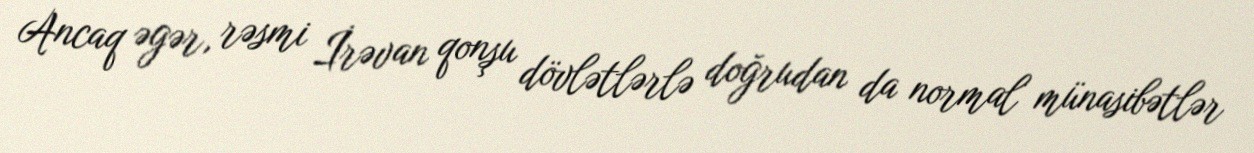
Ancaq əgər, rəsmi İrəvan qonşu dövlətlərlə doğrudan da normal münasibətlər